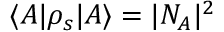
\langle A | \rho _ { s } | A \rangle = | N _ { A } | ^ { 2 }